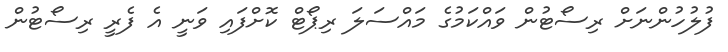
ފުލުހުންނަށް ރިސޯޓުން ވައްކަމުގެ މައްސަލަ ރިޕޯޓް ކޮށްފައި ވަނީ އެ ފެރީ ރިސޯޓުން